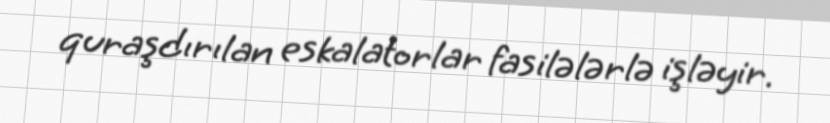
quraşdırılan eskalatorlar fasilələrlə işləyir.